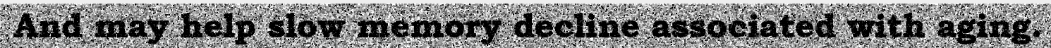
And may help slow memory decline associated with aging.